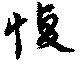
愎